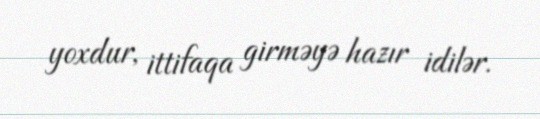
yoxdur, ittifaqa girməyə hazır idilər.